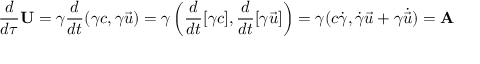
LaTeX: { \frac { d } { d \tau } } \mathbf { U } = \gamma { \frac { d } { d t } } ( \gamma c , \gamma { \vec { u } } ) = \gamma \left( { \frac { d } { d t } } [ \gamma c ] , { \frac { d } { d t } } [ \gamma { \vec { u } } ] \right) = \gamma ( c { \dot { \gamma } } , { \dot { \gamma } } { \vec { u } } + \gamma { \dot { \vec { u } } } ) = \mathbf { A }